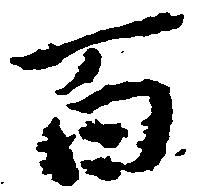
百